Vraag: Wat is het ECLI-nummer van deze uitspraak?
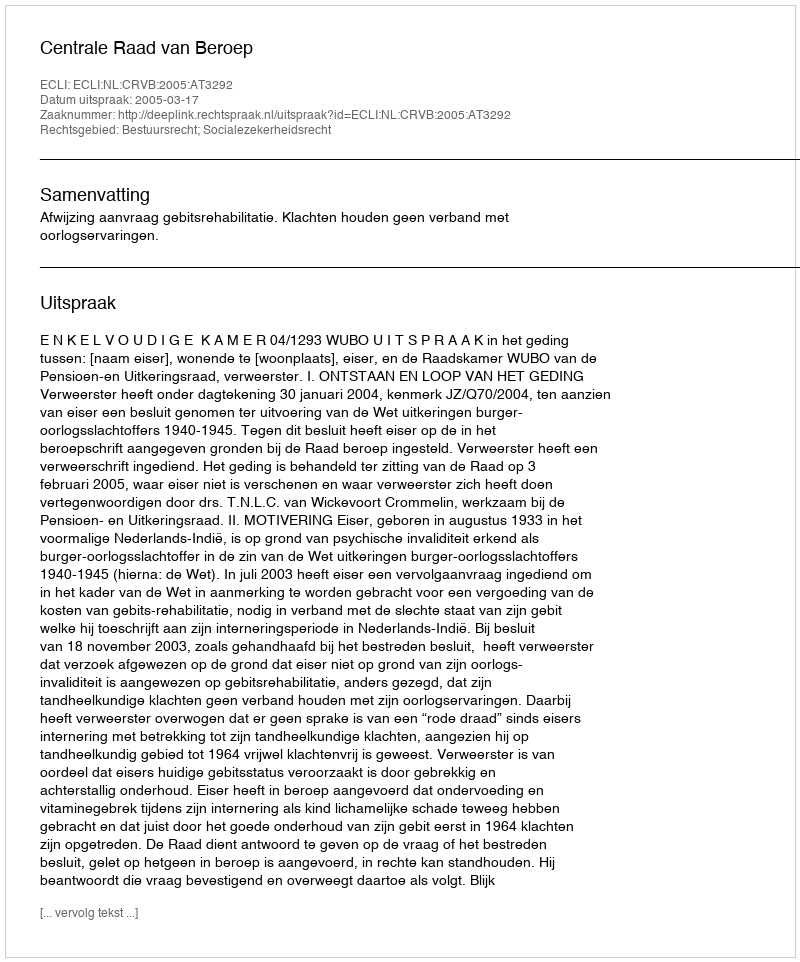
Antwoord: ECLI:NL:CRVB:2005:AT3292